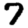
Digit: 7